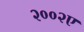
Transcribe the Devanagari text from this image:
२००२ए